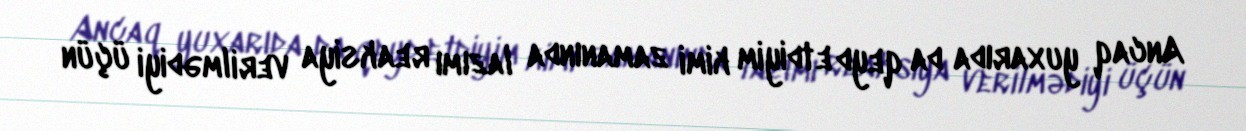
Ancaq yuxarıda da qeyd etdiyim kimi zamanında lazımı reaksiya verilmədiyi üçün